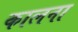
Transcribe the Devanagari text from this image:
कालना